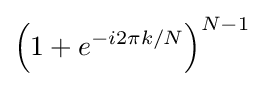
\left(1+e^{-i2\pi k/N}\right)^{N-1}